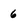
Character: 6